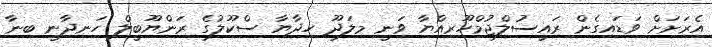
އެރަށަށް ވަޑައިގެން ރައީސުލްޖުމްހޫރިއްޔާ ވަނީ މިލަދޫ ހިދާޔާ ސްކޫލުގެ ރަންޔޫބީލް ހަނދާނީ ބިނާ